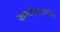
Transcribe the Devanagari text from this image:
कमरेखालच्या